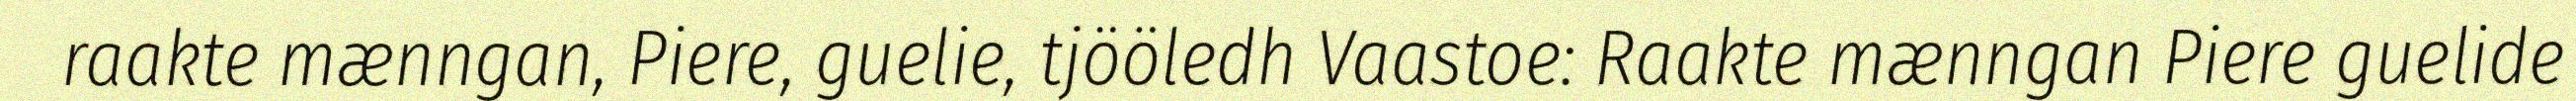
raakte mænngan, Piere, guelie, tjööledh Vaastoe: Raakte mænngan Piere guelide